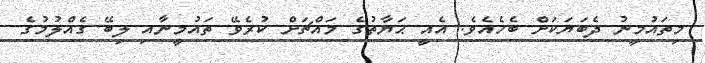
މިތައުމީނު ދެބަޔަކަށް ބެހެއެވެ. އެއީ ޙަޔާތުގެ މައްޗަށް ކުރެވޭ ތައުމީނާއި ލިބޭ ގެއްލުމުގެ